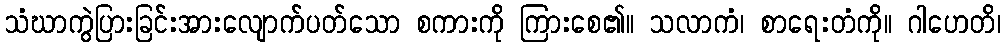
သံဃာကွဲပြားခြင်းအားလျောက်ပတ်သော စကားကို ကြားစေ၏။ သလာကံ၊ စာရေးတံကို။ ဂါဟေတိ၊